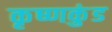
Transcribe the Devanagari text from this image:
कृष्णकुंड